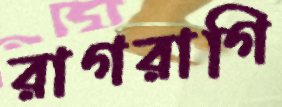
রাগরাগি